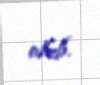
olub.